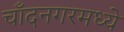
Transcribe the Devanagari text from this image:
चाँदनगरमध्ये